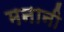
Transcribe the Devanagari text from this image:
मनानी